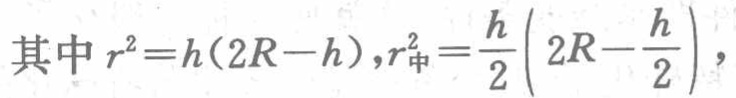
其中 \(r^{2}=h(2R - h),r_{中}^{2}=\frac{h}{2}(2R-\frac{h}{2})\)，